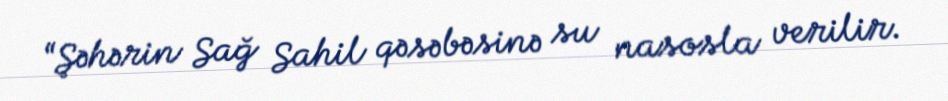
“Şəhərin Sağ Sahil qəsəbəsinə su nasosla verilir.